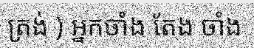
ត្រង់ ) អ្នកចាំង តែង ចាំង